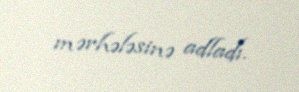
mərhələsinə adladı.